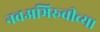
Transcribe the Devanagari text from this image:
नवअभिरुचीच्या